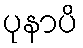
ပုနာပိ